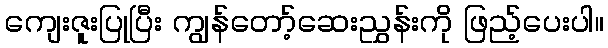
ကျေးဇူးပြုပြီး ကျွန်တော့်ဆေးညွှန်းကို ဖြည့်ပေးပါ။